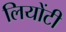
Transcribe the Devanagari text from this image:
लियोंटी